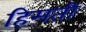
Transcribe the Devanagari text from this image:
हिमती